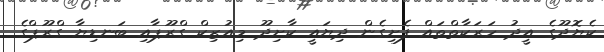
ކެޔޮދޫގެ އީދު ހަރަކާތްތައް ފެށިގެން ދިޔައީ ކާށިދޫ މިއުޒިކް ގްރޫޕާއި ބަނޑިޔާ ގްރޫޕްގެ